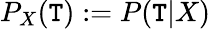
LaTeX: P_{X}({\cal\mathtt{T}}):=P({\cal\mathtt{T}}|X)